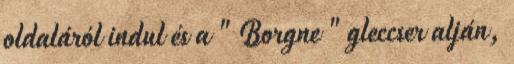
oldaláról indul és a " Borgne " gleccser alján,